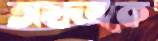
অছাত্রকে